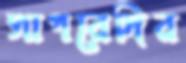
সাগরেদির